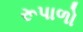
રૂપાળો